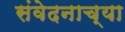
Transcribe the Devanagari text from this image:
संवेदनाच्या